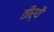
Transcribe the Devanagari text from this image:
तीर्थै